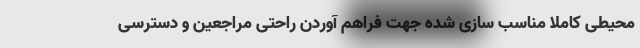
محیطی کاملا مناسب ‌سازی شده جهت فراهم آوردن راحتی مراجعین و دسترسی